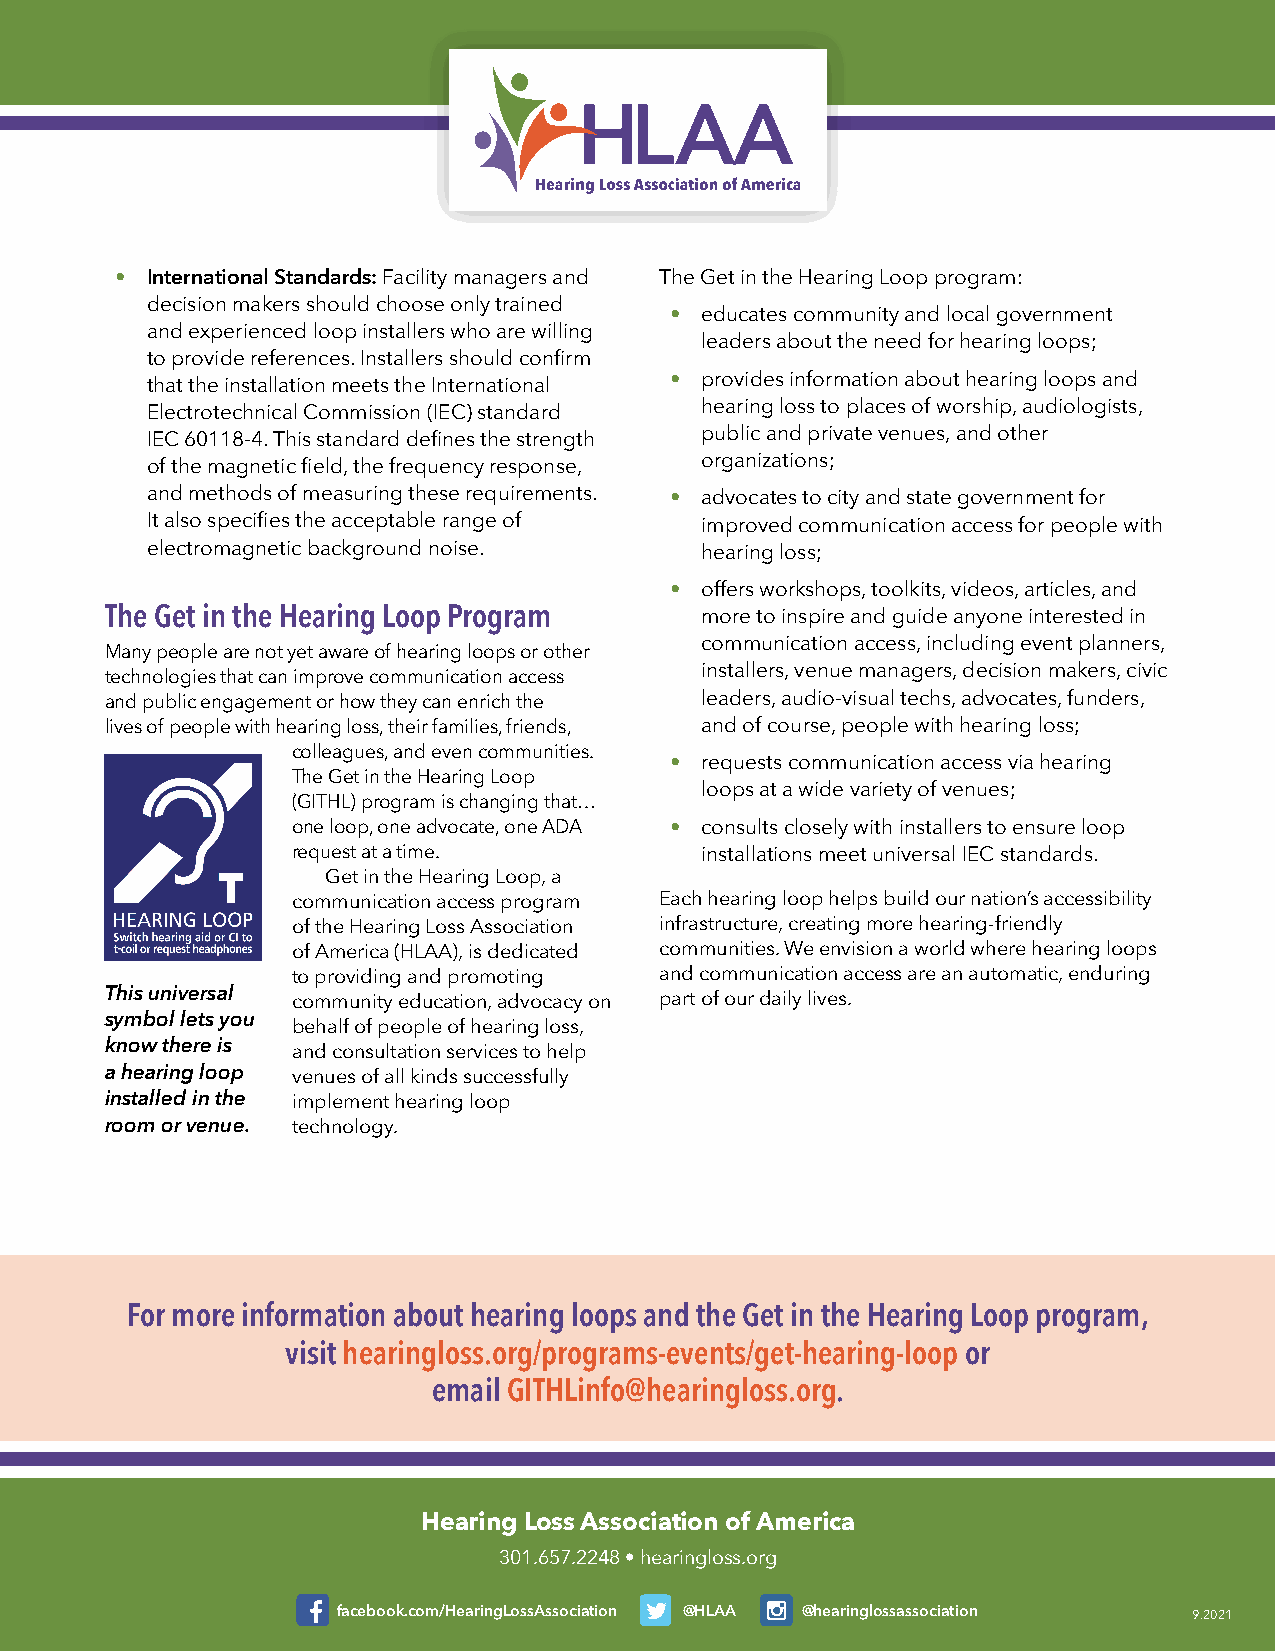
• International Standards: Facility managers and The Get in the Hearing Loop program:
 decision makers should choose only trained
 • educates community and local government
 and experienced loop installers who are willing
 leaders about the need for hearing loops;
 to provide references. Installers should confirm
 that the installation meets the International • provides information about hearing loops and
 Electrotechnical Commission (IEC) standard hearing loss to places of worship, audiologists,
 IEC 60118-4. This standard defines the strength public and private venues, and other
 of the magnetic field, the frequency response, organizations;
 and methods of measuring these requirements. • advocates to city and state government for
 It also specifies the acceptable range of improved communication access for people with
 electromagnetic background noise.   hearing loss;
 • offers workshops, toolkits, videos, articles, and
 The Get in the Hearing Loop Program    more to inspire and guide anyone interested in
 communication access, including event planners,
 Many people are not yet aware of hearing loops or other
 technologies that can improve communication access installers, venue managers, decision makers, civic
 and public engagement or how they can enrich the leaders, audio-visual techs, advocates, funders,
 lives of people with hearing loss, their families, friends, and of course, people with hearing loss;
 colleagues, and even communities.
 • requests communication access via hearing
 The Get in the Hearing Loop
 loops at a wide variety of venues;
 (GITHL) program is changing that…
 one loop, one advocate, one ADA • consults closely with installers to ensure loop
 request at a time.         installations meet universal IEC standards.
 Get in the Hearing Loop, a
 communication access program Each hearing loop helps build our nation’s accessibility
 of the Hearing Loss Association infrastructure, creating more hearing-friendly
 of America (HLAA), is dedicated communities. We envision a world where hearing loops
 to providing and promoting and communication access are an automatic, enduring
 This universal community education, advocacy on part of our daily lives.
 symbol lets you
 behalf of people of hearing loss,
 know there is and consultation services to help
 a hearing loop venues of all kinds successfully
 installed in the implement hearing loop
 room or venue. technology.
 For more information about hearing loops and the Get in the Hearing Loop program,
 visit hearingloss.org/programs-events/get-hearing-loop or
 email GITHLinfo@hearingloss.org.
 Hearing Loss Association of America
 301.657.2248 • hearingloss.org
 facebook.com/HearingLossAssociation @HLAA @hearinglossassociation 9.2021